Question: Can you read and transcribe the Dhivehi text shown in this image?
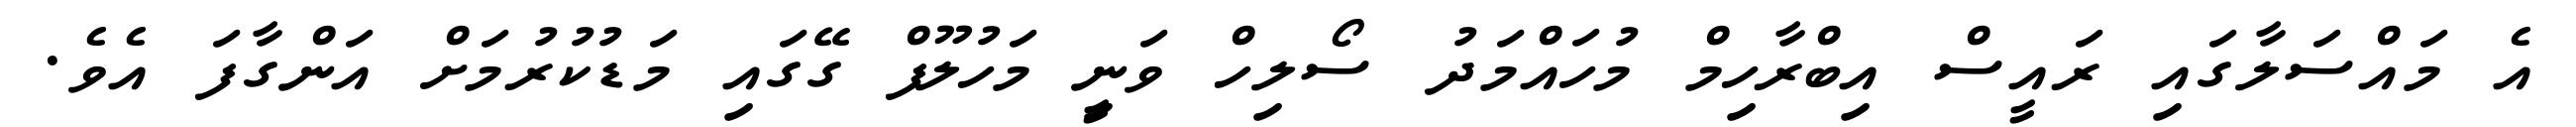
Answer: އެ މައްސަލާގައި ރައީސް އިބްރާހިމް މުހައްމަދު ސޯލިހް ވަނީި މަހުލޫފް ގޭގައި މަޑުކުރުމަށް އަންގާފަ އެވެ.